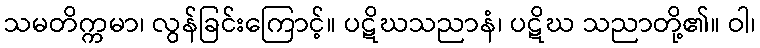
သမတိက္ကမာ၊ လွန်ခြင်းကြောင့်။ ပဋိဃသညာနံ၊ ပဋိဃ သညာတို့၏။ ဝါ၊